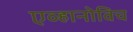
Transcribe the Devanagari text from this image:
एव्हानोविच